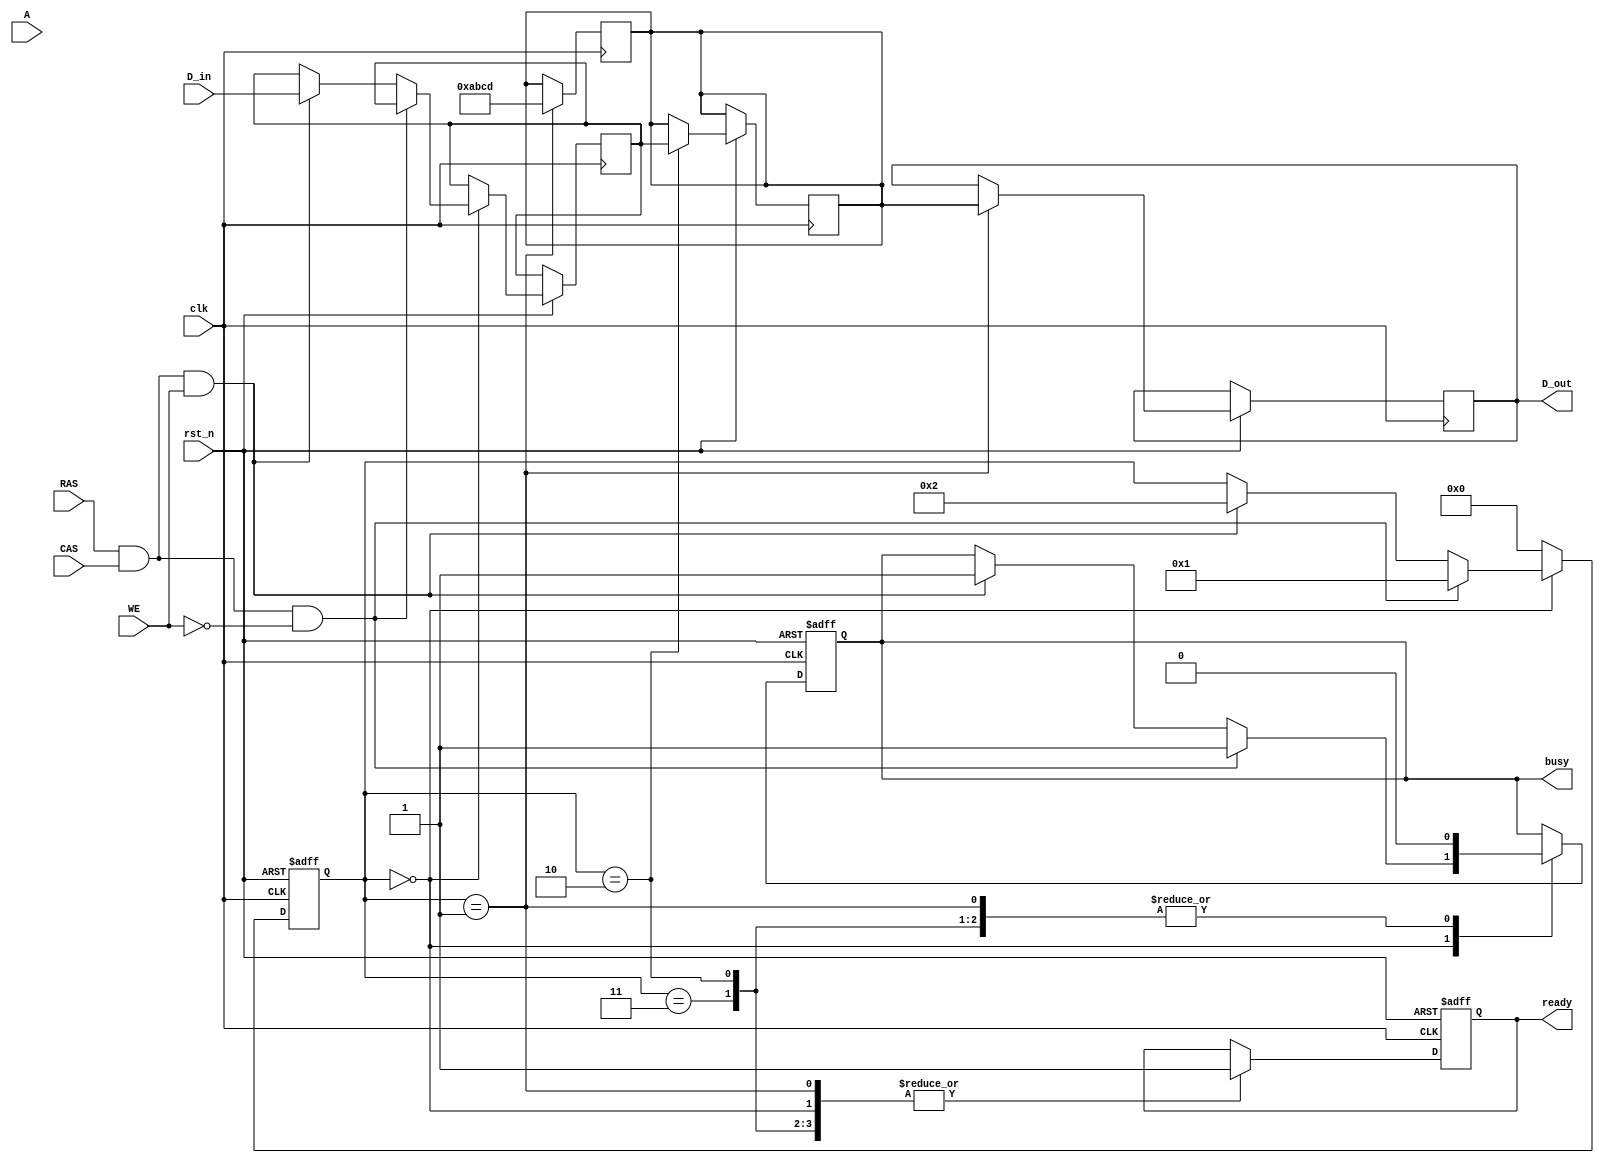
module dram_io_block (
    input wire clk,
    input wire rst_n,
    input wire [15:0] A,            // Address bus (16 bits)
    input wire [15:0] D_in,         // Data input bus (16 bits)
    input wire RAS,                  // Row address strobe
    input wire CAS,                  // Column address strobe
    input wire WE,                   // Write enable
    output reg [15:0] D_out,        // Data output bus (16 bits)
    output reg ready,               // Ready status signal
    output reg busy                 // Busy status signal
);

// Internal signals
reg [15:0] data_buffer_in;        // Input data buffer
reg [15:0] data_buffer_out;       // Output data buffer
reg [15:0] address_latch;         // Address latch
reg read_mode, write_mode;        // Operation modes
reg [3:0] state;                  // State machine

// State encoding
localparam IDLE = 4'd0,
           READ = 4'd1,
           WRITE = 4'd2,
           REFRESH = 4'd3;

// Timing control for read/write operations
always @(posedge clk or negedge rst_n) begin
    if (!rst_n) begin
        ready <= 1'b1;
        busy <= 1'b0;
        state <= IDLE;
    end else begin
        case (state)
            IDLE: begin
                ready <= 1'b1;
                if (RAS && CAS && !WE) begin  // Read command detected
                    address_latch <= A;
                    busy <= 1'b1;
                    state <= READ;
                end else if (RAS && CAS && WE) begin  // Write command detected
                    address_latch <= A;
                    data_buffer_in <= D_in;
                    busy <= 1'b1;
                    state <= WRITE;
                end
            end

            READ: begin
                // Simulate data output after a read operation
                D_out <= data_buffer_out; // Set the data output
                busy <= 1'b0;
                ready <= 1'b1;
                state <= IDLE;  // Return to idle after read
            end

            WRITE: begin
                // Simulate data input to memory cell array
                data_buffer_out <= data_buffer_in; // Capture incoming data
                busy <= 1'b0;
                ready <= 1'b1;
                state <= IDLE;  // Return to idle after write
            end

            REFRESH: begin
                // Handle refresh logic here
                busy <= 1'b0;
                ready <= 1'b1;
                state <= IDLE;  // Return to idle after refresh
            end

            default: state <= IDLE; // Default to idle
        endcase
    end
end

// Data Path Control Logic (Read/Write Logic)
always @(posedge clk) begin
    if (state == READ) begin
        // Assuming the data from memory is latched here
        // This part would typically interface with memory core
        // For simulation purposes, just set it to a fixed value for now
        data_buffer_out <= 16'hABCD; // Simulated data read from memory
    end
end

// Optional refresh logic could be implemented here
// This could be tied to a timer or an external refresh signal

endmodule